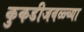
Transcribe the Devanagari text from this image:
कुकडीजवळ्च्या